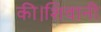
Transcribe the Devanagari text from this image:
की।शिवानी